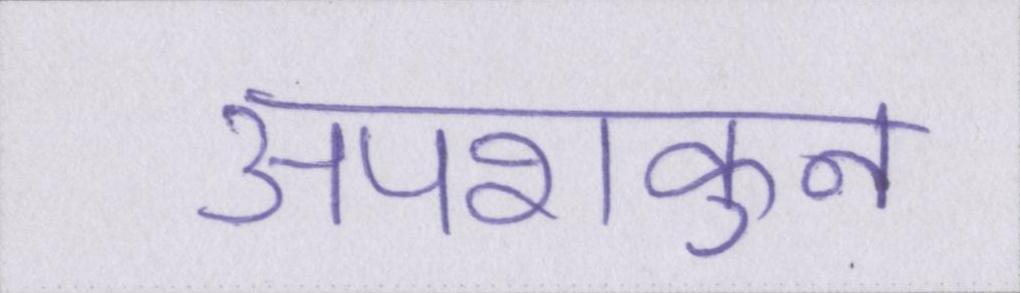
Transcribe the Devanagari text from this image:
अपशकुन